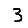
Digit: 3